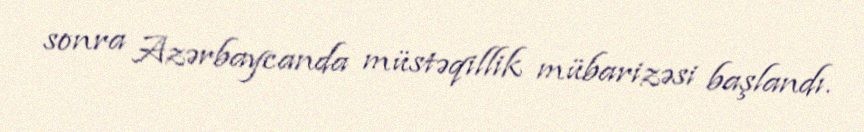
sonra Azərbaycanda müstəqillik mübarizəsi başlandı.